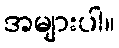
အများပါ။